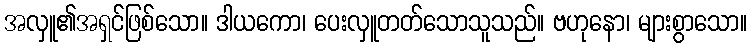
အလှူ၏အရှင်ဖြစ်သော။ ဒါယကော၊ ပေးလှူတတ်သောသူသည်။ ဗဟုနော၊ များစွာသော။